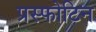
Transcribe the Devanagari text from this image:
प्रस्फोटिन